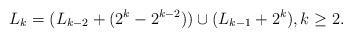
LaTeX: \begin{align*} L_k = (L_{k-2} + (2^k - 2^{k-2})) \cup (L_{k-1} + 2^k), k \geq 2.\end{align*}